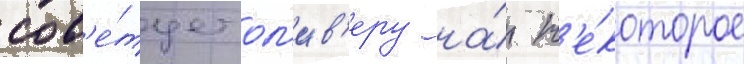
сов'е́тует ол'ив'еру на́ н'е́которое